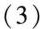
(3)